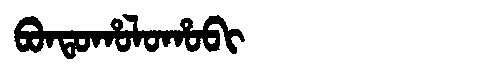
Manchu: ᠪᠣᠨᡨᠣᡥᠣᠯᠣᡥᠣᠪᡳ
Romanization: BONTOHOLOHOBI